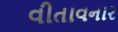
વીતાવનાર